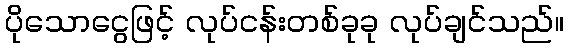
ပိုသောငွေဖြင့် လုပ်ငန်းတစ်ခုခု လုပ်ချင်သည်။